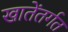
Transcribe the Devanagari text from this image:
खातेंतर्गत